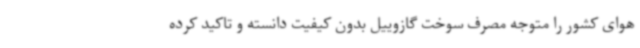
هوای کشور را متوجه مصرف سوخت گازوییل بدون کیفیت دانسته و تاکید کرده